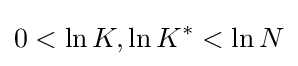
0<\ln K,\ln K^{*}<\ln N